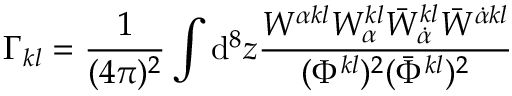
\Gamma _ { k l } = \frac { 1 } { ( 4 \pi ) ^ { 2 } } \int \mathrm { d } ^ { 8 } z \frac { W ^ { \alpha k l } W _ { \alpha } ^ { k l } \bar { W } _ { \dot { \alpha } } ^ { k l } \bar { W } ^ { \dot { \alpha } k l } } { ( \Phi ^ { k l } ) ^ { 2 } ( \bar { \Phi } ^ { k l } ) ^ { 2 } }